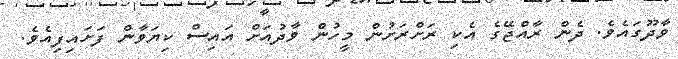
ވާދޫގައެވެ. ދެން ރާއްޖޭގެ އެކި ރަށްރަށުން މީހުން ވާދުއަށް އައިސް ކިޔަވާން ފަށައިފިއެވެ.